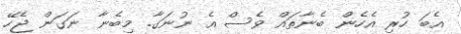
އެބަ ހުރި އެހެން ބެނާތައް ވެސް އެ ނުނަގާ. މިބެނާ ނަގަން ޖެހޭ